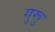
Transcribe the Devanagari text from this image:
गुरूु